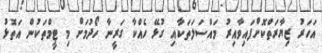
އަަހަރު ޒިޔާރަތްކޮށްފައިވާއިރު މައްސަލަތަކާއި ގުޅޭ ހެއްކާ ގަރީނާ ހޯދުމަށް މި ޓީމްތަކުން އަތޮޅު